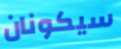
سيكونان